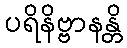
ပရိနိဗ္ဗာနန္တိ